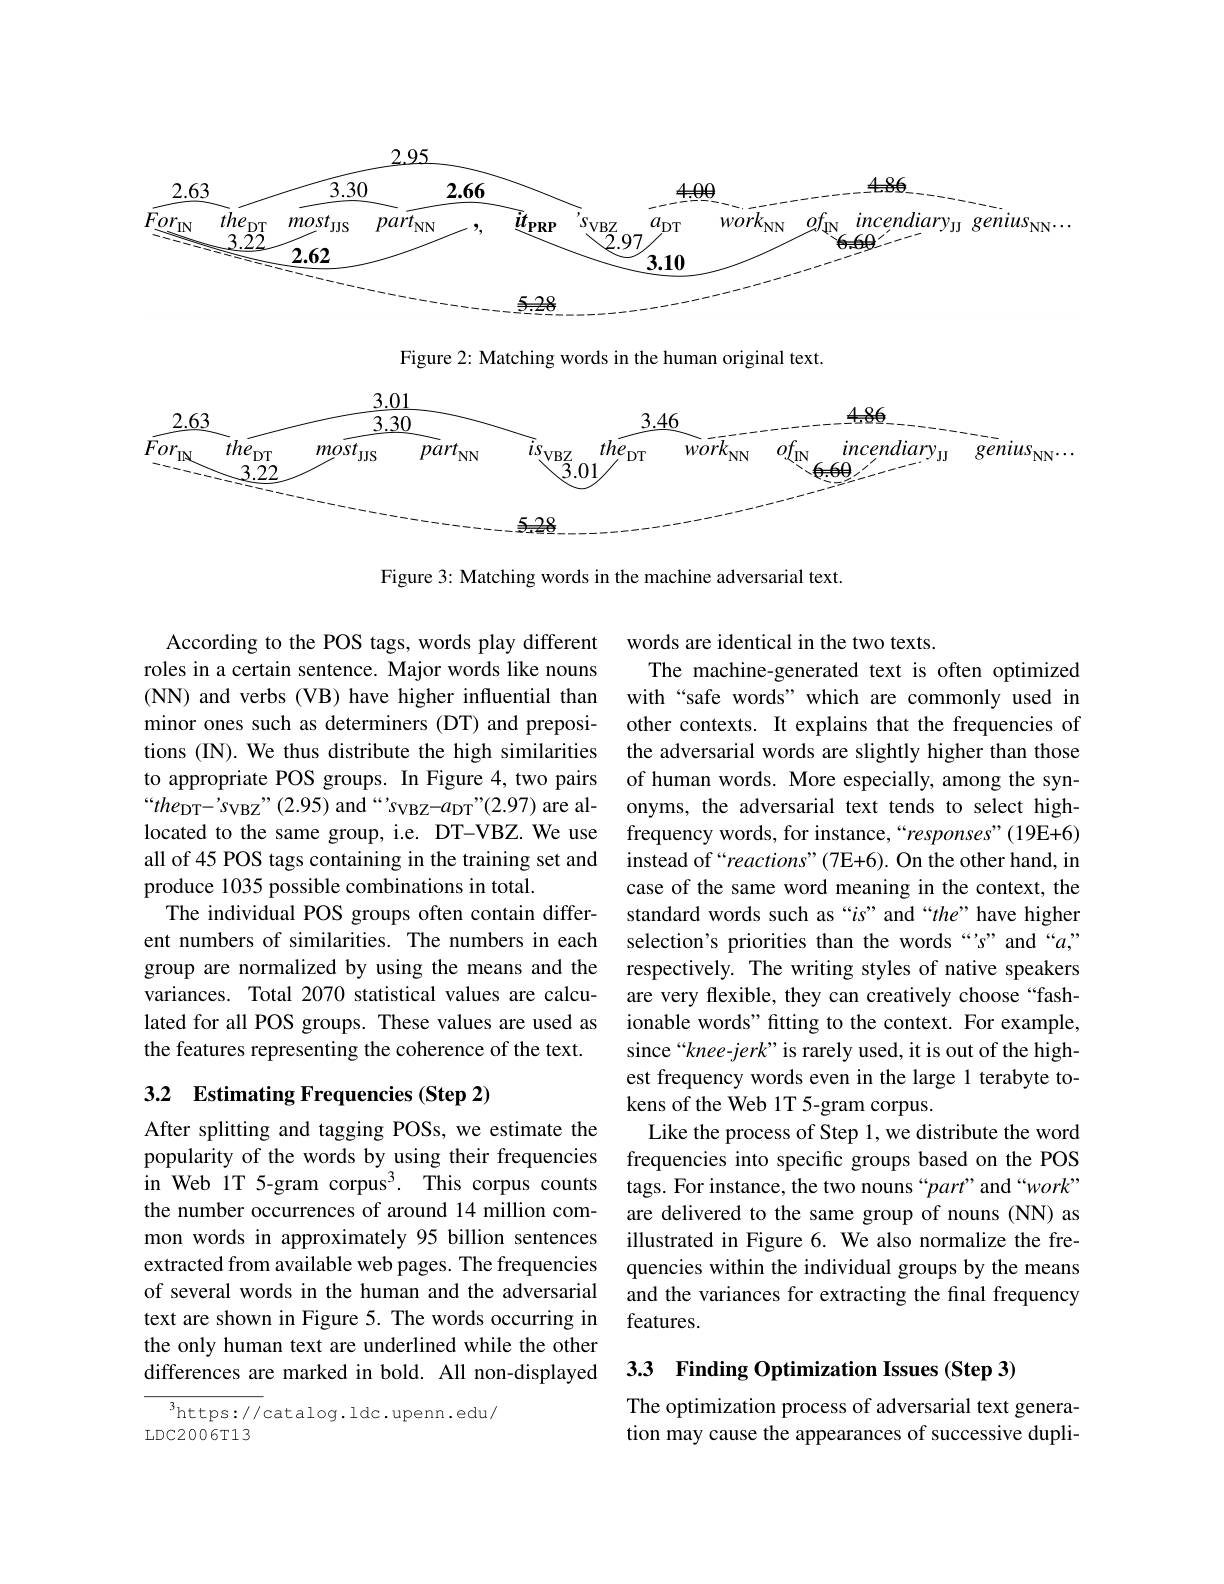
<FigureHere>

Figure 2: Matching words in the human original text.

<FigureHere>

Figure 3: Matching words in the machine adversarial text

According to the POS tags, words play different roles in a certain sentence. Major words like nouns (NN) and verbs (VB) have higher influential than minor ones such as determiners (DT) and prepositions (IN). We thus distribute the high similarities to appropriate POS groups. In Figure 4, two pairs $“ the_{\mathrm{DT}}- ^{\prime }s_{\mathrm{VBZ}}” ( 2. 95)$ and $“ “ s_{\mathrm{VBZ}}– a_{\mathrm{DT}}” ( 2. 97)$ are al- located to the same group, i.e. DT-VBZ. We use all of 45 POS tags containing in the training set and produce 1035 possible combinations in total.
The individual POS groups often contain different numbers of similarities. The numbers in each group are normalized by using the means and the variances. Total 2070 statistical values are calculated for all POS groups. These values are used as the features representing the coherence of the text.

words are identical in the two texts.
The machine-generated text is often optimized with“safe words” which are commonly used in other contexts. It explains that the frequencies of the adversarial words are slightly higher than those of human words. More especially, among the synonyms, the adversarial text tends to select highfrequency words, for instance, “responses”(19E+6) instead of“reactions”(7E+6). On the other hand, in case of the same word meaning in the context, the standard words such as “is” and“the” have higher selection's priorities than the words“s” and“a” respectively. The writing styles of native speakers are very flexible, they can creatively choose “fashionable words" fitting to the context. For example, since“knee-jerk”is rarely used, it is out of the highest frequency words even in the large 1 terabyte tokens of the Web 1T 5-gram corpus.
Like the process of Step 1, we distribute the word frequencies into specific groups based on the POS tags. For instance, the two nouns “part”and“work” are delivered to the same group of nouns (NN) as illustrated in Figure 6. We also normalize the frequencies within the individual groups by the means and the variances for extracting the final frequency features.

## 3.2 Estimating Frequencies (Step 2)

After splitting and tagging POSs, we estimate the popularity of the words by using their frequencies in Web 1T 5-gram corpus$^3.$ This corpus counts the number occurrences of around 14 million common words in approximately 95 billion sentences extracted from available web pages. The frequencies of several words in the human and the adversarial text are shown in Figure 5. The words occurring in the only human text are underlined while the other differences are marked in bold. All non-displayed

## 33 Finding Optimization Issues (Step 3)

$^3$https://catalog.ldc.upenn.edu/
LDC2006T13

The optimization process of adversarial text generation may cause the appearances of successive dupli-